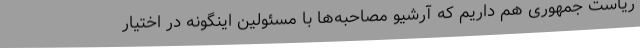
ریاست جمهوری هم داریم که آرشیو مصاحبه‌ها با مسئولین اینگونه در اختیار